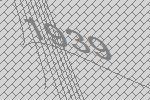
1939